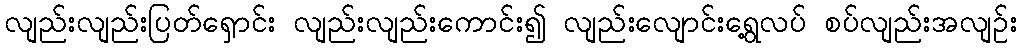
လျည်းလျည်းပြတ်ရှောင်း လျည်းလျည်းကောင်း၍ လျည်းလျောင်းရွေ့လပ် စပ်လျည်းအလျဉ်း